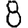
Digit: 8